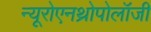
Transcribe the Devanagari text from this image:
न्यूरोएनथ्रोपोलॉजी